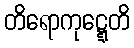
တိရောကုဋ္ဋေတိ